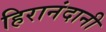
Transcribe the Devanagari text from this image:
हिरानंदानी